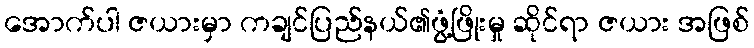
အောက်ပါ ဇယားမှာ ကချင်ပြည်နယ်၏ဖွံ့ဖြိုးမှု ဆိုင်ရာ ဇယား အဖြစ်